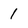
Character: l